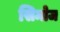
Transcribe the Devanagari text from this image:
सिमोज